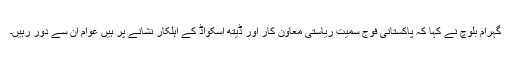
گہرام بلوچ نے کہا کہ پاکستانی فوج سمیت ریاستی معاون کار اور ڈیتھ اسکواڈ کے اہلکار نشانے پر ہیں عوام ان سے دور رہیں۔